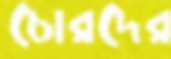
চোরদের